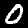
Label: 0